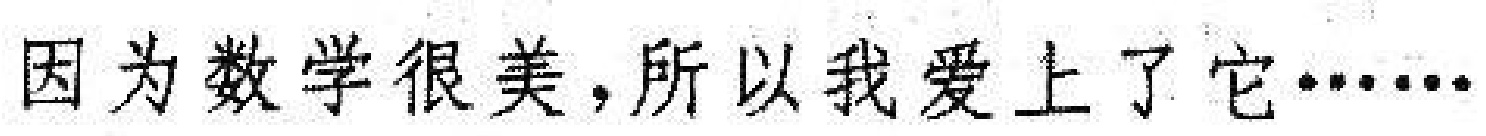
因为数学很美,所以我爱上了它……